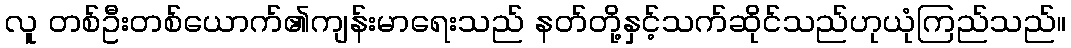
လူ တစ်ဦးတစ်ယောက်၏ကျန်းမာရေးသည် နတ်တို့နှင့်သက်ဆိုင်သည်ဟုယုံကြည်သည်။